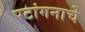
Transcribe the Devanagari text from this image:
पटांगनाचे